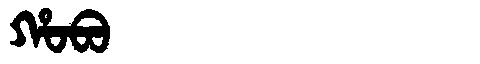
Manchu: ᡥᠣᠪᠣ
Romanization: HOBO